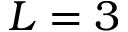
L = 3